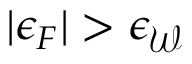
| \epsilon _ { F } | > \epsilon _ { \mathcal { W } }